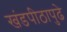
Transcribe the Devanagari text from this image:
खंडपीठापुढे